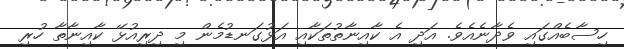
ހިސާބެއްގައި ވެދާނެއެވެ. އަދި އެ ކާއިނާތުތަކާއި އަޅުގަނޑުމެން މި ދިރިއުޅޭ ކާއިނާތާ ހުރި